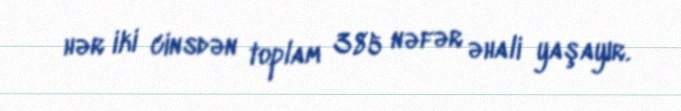
hər iki cinsdən toplam 385 nəfər əhali yaşayır.